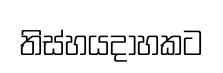
තිස්හයදාහකට